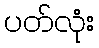
ပတ်လုံး